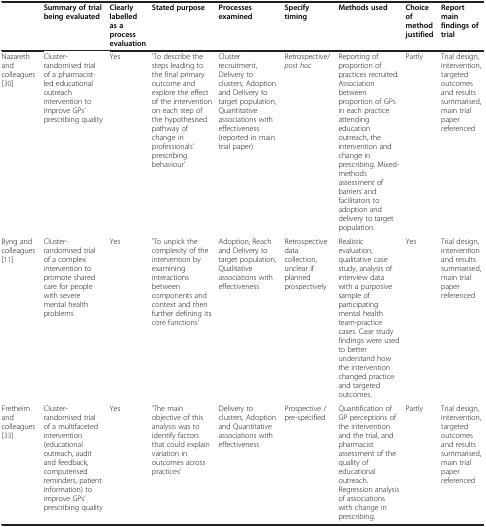
|  | Summary of trial being evaluated | Clearly labelled as a process evaluation | Stated purpose | Processes examined | Specify timing | Methods used | Choice of method justified | Report main findings of trial |
 | --- | --- | --- | --- | --- | --- | --- | --- | --- |
 | Nazareth and colleagues[30] | Cluster-randomised trial of a pharmacist-led educational outreach intervention to improve GPs’ prescribing quality | Yes | ’To describe the steps leading to the final primary outcome and explore the effect of the intervention on each step of the hypothesised pathway of change in professionals’ prescribing behaviour’ | Cluster recruitment, Delivery to clusters, Adoption and Delivery to target population, Quantitative associations with effectiveness (reported in main trial paper) | Retrospective/ post hoc | Reporting of proportion of practices recruited. Association between proportion of GPs in each practice attending education outreach, the intervention and change in prescribing. Mixed-methods assessment of barriers and facilitators to adoption and delivery to target population. | Partly | Trial design, intervention, targeted outcomes and results summarised, main trial paper referenced |
 | Byng and colleagues[11] | Cluster-randomised trial of a complex intervention to promote shared care for people with severe mental health problems | Yes | ’To unpick the complexity of the intervention by examining interactions between components and context and then further defining its core functions’ | Adoption, Reach and Delivery to target population, Qualitative associations with effectiveness | Retrospective data collection, unclear if planned prospectively | Realistic evaluation, qualitative case study, analysis of interview data with a purposive sample of participating mental health team-practice cases. Case study findings were used to better understand how the intervention changed practice and targeted outcomes. | Yes | Trial design, intervention and results summarised, main trial paper referenced |
 | Fretheim and colleagues[33] | Cluster-randomised trial of a multifaceted intervention (educational outreach, audit and feedback, computerised reminders, patient information) to improve GPs’ prescribing quality | Yes | ’The main objective of this analysis was to identify factors that could explain variation in outcomes across practices’ | Delivery to clusters, Adoption and Quantitative associations with effectiveness | Prospective / pre-specified | Quantification of GP perceptions of the intervention and the trial, and pharmacist assessment of the quality of educational outreach. Regression analysis of associations with change in prescribing. | Partly | Trial design, intervention, targeted outcomes and results summarised, main trial paper referenced |